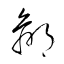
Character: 鄙